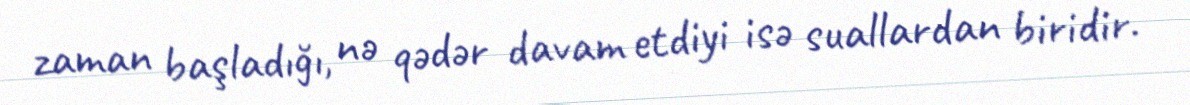
zaman başladığı, nə qədər davam etdiyi isə suallardan biridir.